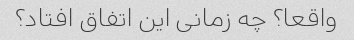
واقعا؟ چه زمانی این اتفاق افتاد؟